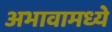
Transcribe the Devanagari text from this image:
अभावामध्ये